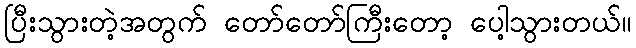
ပြီးသွားတဲ့အတွက် တော်တော်ကြီးတော့ ပေါ့သွားတယ်။